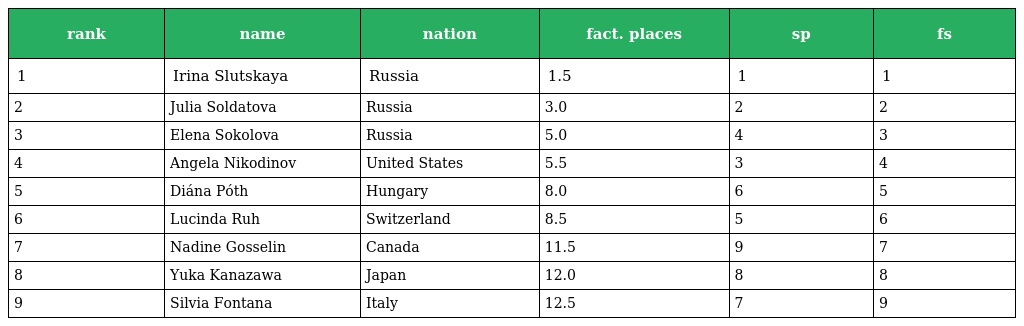
| rank | name | nation | fact. places | sp | fs |
 | --- | --- | --- | --- | --- | --- |
 | 1 | Irina Slutskaya | Russia | 1.5 | 1 | 1 |
 | 2 | Julia Soldatova | Russia | 3.0 | 2 | 2 |
 | 3 | Elena Sokolova | Russia | 5.0 | 4 | 3 |
 | 4 | Angela Nikodinov | United States | 5.5 | 3 | 4 |
 | 5 | Diána Póth | Hungary | 8.0 | 6 | 5 |
 | 6 | Lucinda Ruh | Switzerland | 8.5 | 5 | 6 |
 | 7 | Nadine Gosselin | Canada | 11.5 | 9 | 7 |
 | 8 | Yuka Kanazawa | Japan | 12.0 | 8 | 8 |
 | 9 | Silvia Fontana | Italy | 12.5 | 7 | 9 |